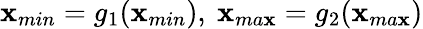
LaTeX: \mathbf{x}_{min}=g_{1}(\mathbf{x}_{min}),\ \mathbf{x}_{ma\mathbf{x}}=g_{2}(\mathbf{x}_{ma\mathbf{x}})